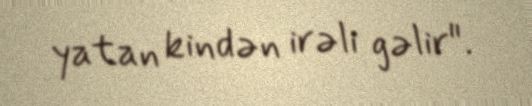
yatan kindən irəli gəlir".